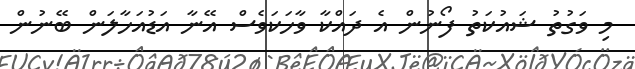
މި ވަގުތު ޝައުކަތު ފޯނުން އެ ދައްކާ ވާހަކަވެސް އޭނާ އަޑުއަހާލަން ބޭނުން